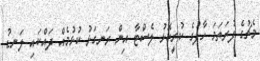
މެޗުގެ ފުރަތަމަ ހާފުގެ ކުރީކޮޅު ލެސްޓާ އިން ރަނގަޅު ކުޅުމެއް ދައްކައި ލަނޑު